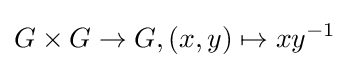
G\times G\to G,(x,y)\mapsto xy^{-1}